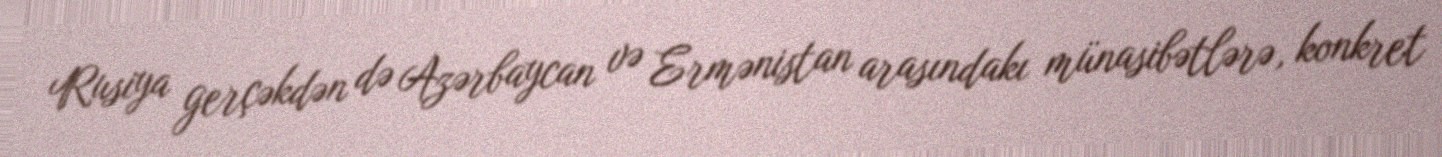
Rusiya gerçəkdən də Azərbaycan və Ermənistan arasındakı münasibətlərə, konkret